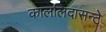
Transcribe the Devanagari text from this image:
काललिदासन्टे